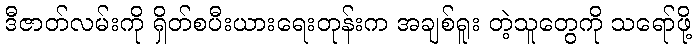
ဒီဇာတ်လမ်းကို ရှိတ်စပီးယားရေးတုန်းက အချစ်ရူး တဲ့သူတွေကို သရော်ဖို့